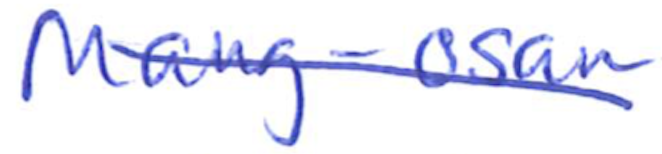
Text: Mang-osan
Cross-out: diagonal
Writing tool: ballpoint